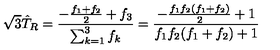
\sqrt { 3 } \hat { T } _ { R } = { \frac { - { \frac { f _ { 1 } + f _ { 2 } } { 2 } } + f _ { 3 } } { \sum _ { k = 1 } ^ { 3 } f _ { k } } } = { \frac { - { \frac { f _ { 1 } f _ { 2 } ( f _ { 1 } + f _ { 2 } ) } { 2 } } + 1 } { f _ { 1 } f _ { 2 } ( f _ { 1 } + f _ { 2 } ) + 1 } }